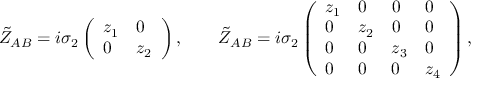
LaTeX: \tilde { Z } _ { A B } = i \sigma _ { 2 } \left( \begin{array} { l l } { { z _ { 1 } } } & { { 0 } } \\ { { 0 } } & { { z _ { 2 } } } \end{array} \right) , \qquad \tilde { Z } _ { A B } = i \sigma _ { 2 } \left( \begin{array} { l l l l } { { z _ { 1 } } } & { { 0 } } & { { 0 } } & { { 0 } } \\ { { 0 } } & { { z _ { 2 } } } & { { 0 } } & { { 0 } } \\ { { 0 } } & { { 0 } } & { { z _ { 3 } } } & { { 0 } } \\ { { 0 } } & { { 0 } } & { { 0 } } & { { z _ { 4 } } } \end{array} \right) ,